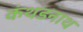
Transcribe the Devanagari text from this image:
कंथडनाथ